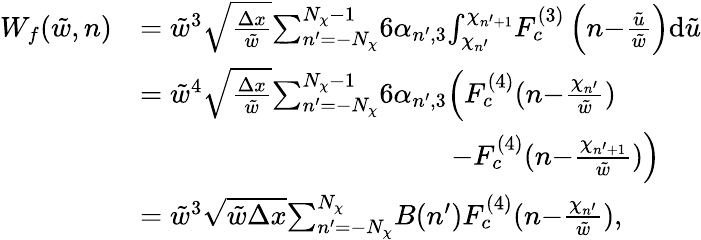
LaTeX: \begin{array}{rl}{W_{f}(\tilde{w},n)}&{=\tilde{w}^{3}\sqrt{\frac{\Delta x}{\tilde{w}}}{\sum_{n^{\prime}=-N_{\chi}}^{N_{\chi}-1}}{6\alpha_{n^{\prime},3}}{\int_{\chi_{n^{\prime}}}^{\chi_{n^{\prime}+1}}}F_{c}^{(3)}\left(n{-}\frac{\tilde{u}}{\tilde{w}}\right)\mathrm{d}\tilde{u}}\\ &{=\tilde{w}^{4}\sqrt{\frac{\Delta x}{\tilde{w}}}{\sum_{n^{\prime}=-N_{\chi}}^{N_{\chi}-1}}{6\alpha_{n^{\prime},3}}\Big(F_{c}^{(4)}(n{-}\frac{\chi_{n^{\prime}}}{\tilde{w}})}\\ &{\qquad\qquad\qquad\qquad\qquad\quad-F_{c}^{(4)}(n{-}\frac{\chi_{n^{\prime}+1}}{\tilde{w}})\Big)}\\ &{=\tilde{w}^{3}\sqrt{\tilde{w}\Delta x}{\sum_{n^{\prime}=-N_{\chi}}^{N_{\chi}}}B(n^{\prime})F_{c}^{(4)}(n{-}\frac{\chi_{n^{\prime}}}{\tilde{w}}),}\end{array}